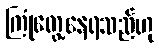
ကြုံတွေ့နေရသည်ဟု